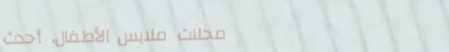
محلات ملابس الأطفال، أحدث